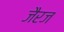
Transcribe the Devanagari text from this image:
जैरज